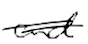
Text: and
Cross-out: double-line
Writing tool: digital_black